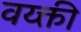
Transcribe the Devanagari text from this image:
वय्क्ती